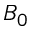
B _ { 0 }